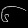
Digit: ၆